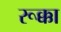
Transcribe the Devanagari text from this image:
रूक्का